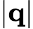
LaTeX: |\mathbf{q}|